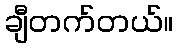
ချီတက်တယ်။